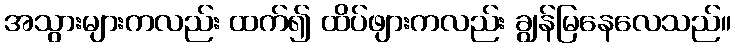
အသွားများကလည်း ထက်၍ ထိပ်ဖျားကလည်း ချွန်မြနေလေသည်။